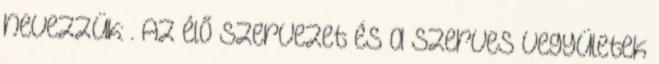
nevezzük: . Az élő szervezet és a szerves vegyületek